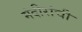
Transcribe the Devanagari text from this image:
मंदीरांची